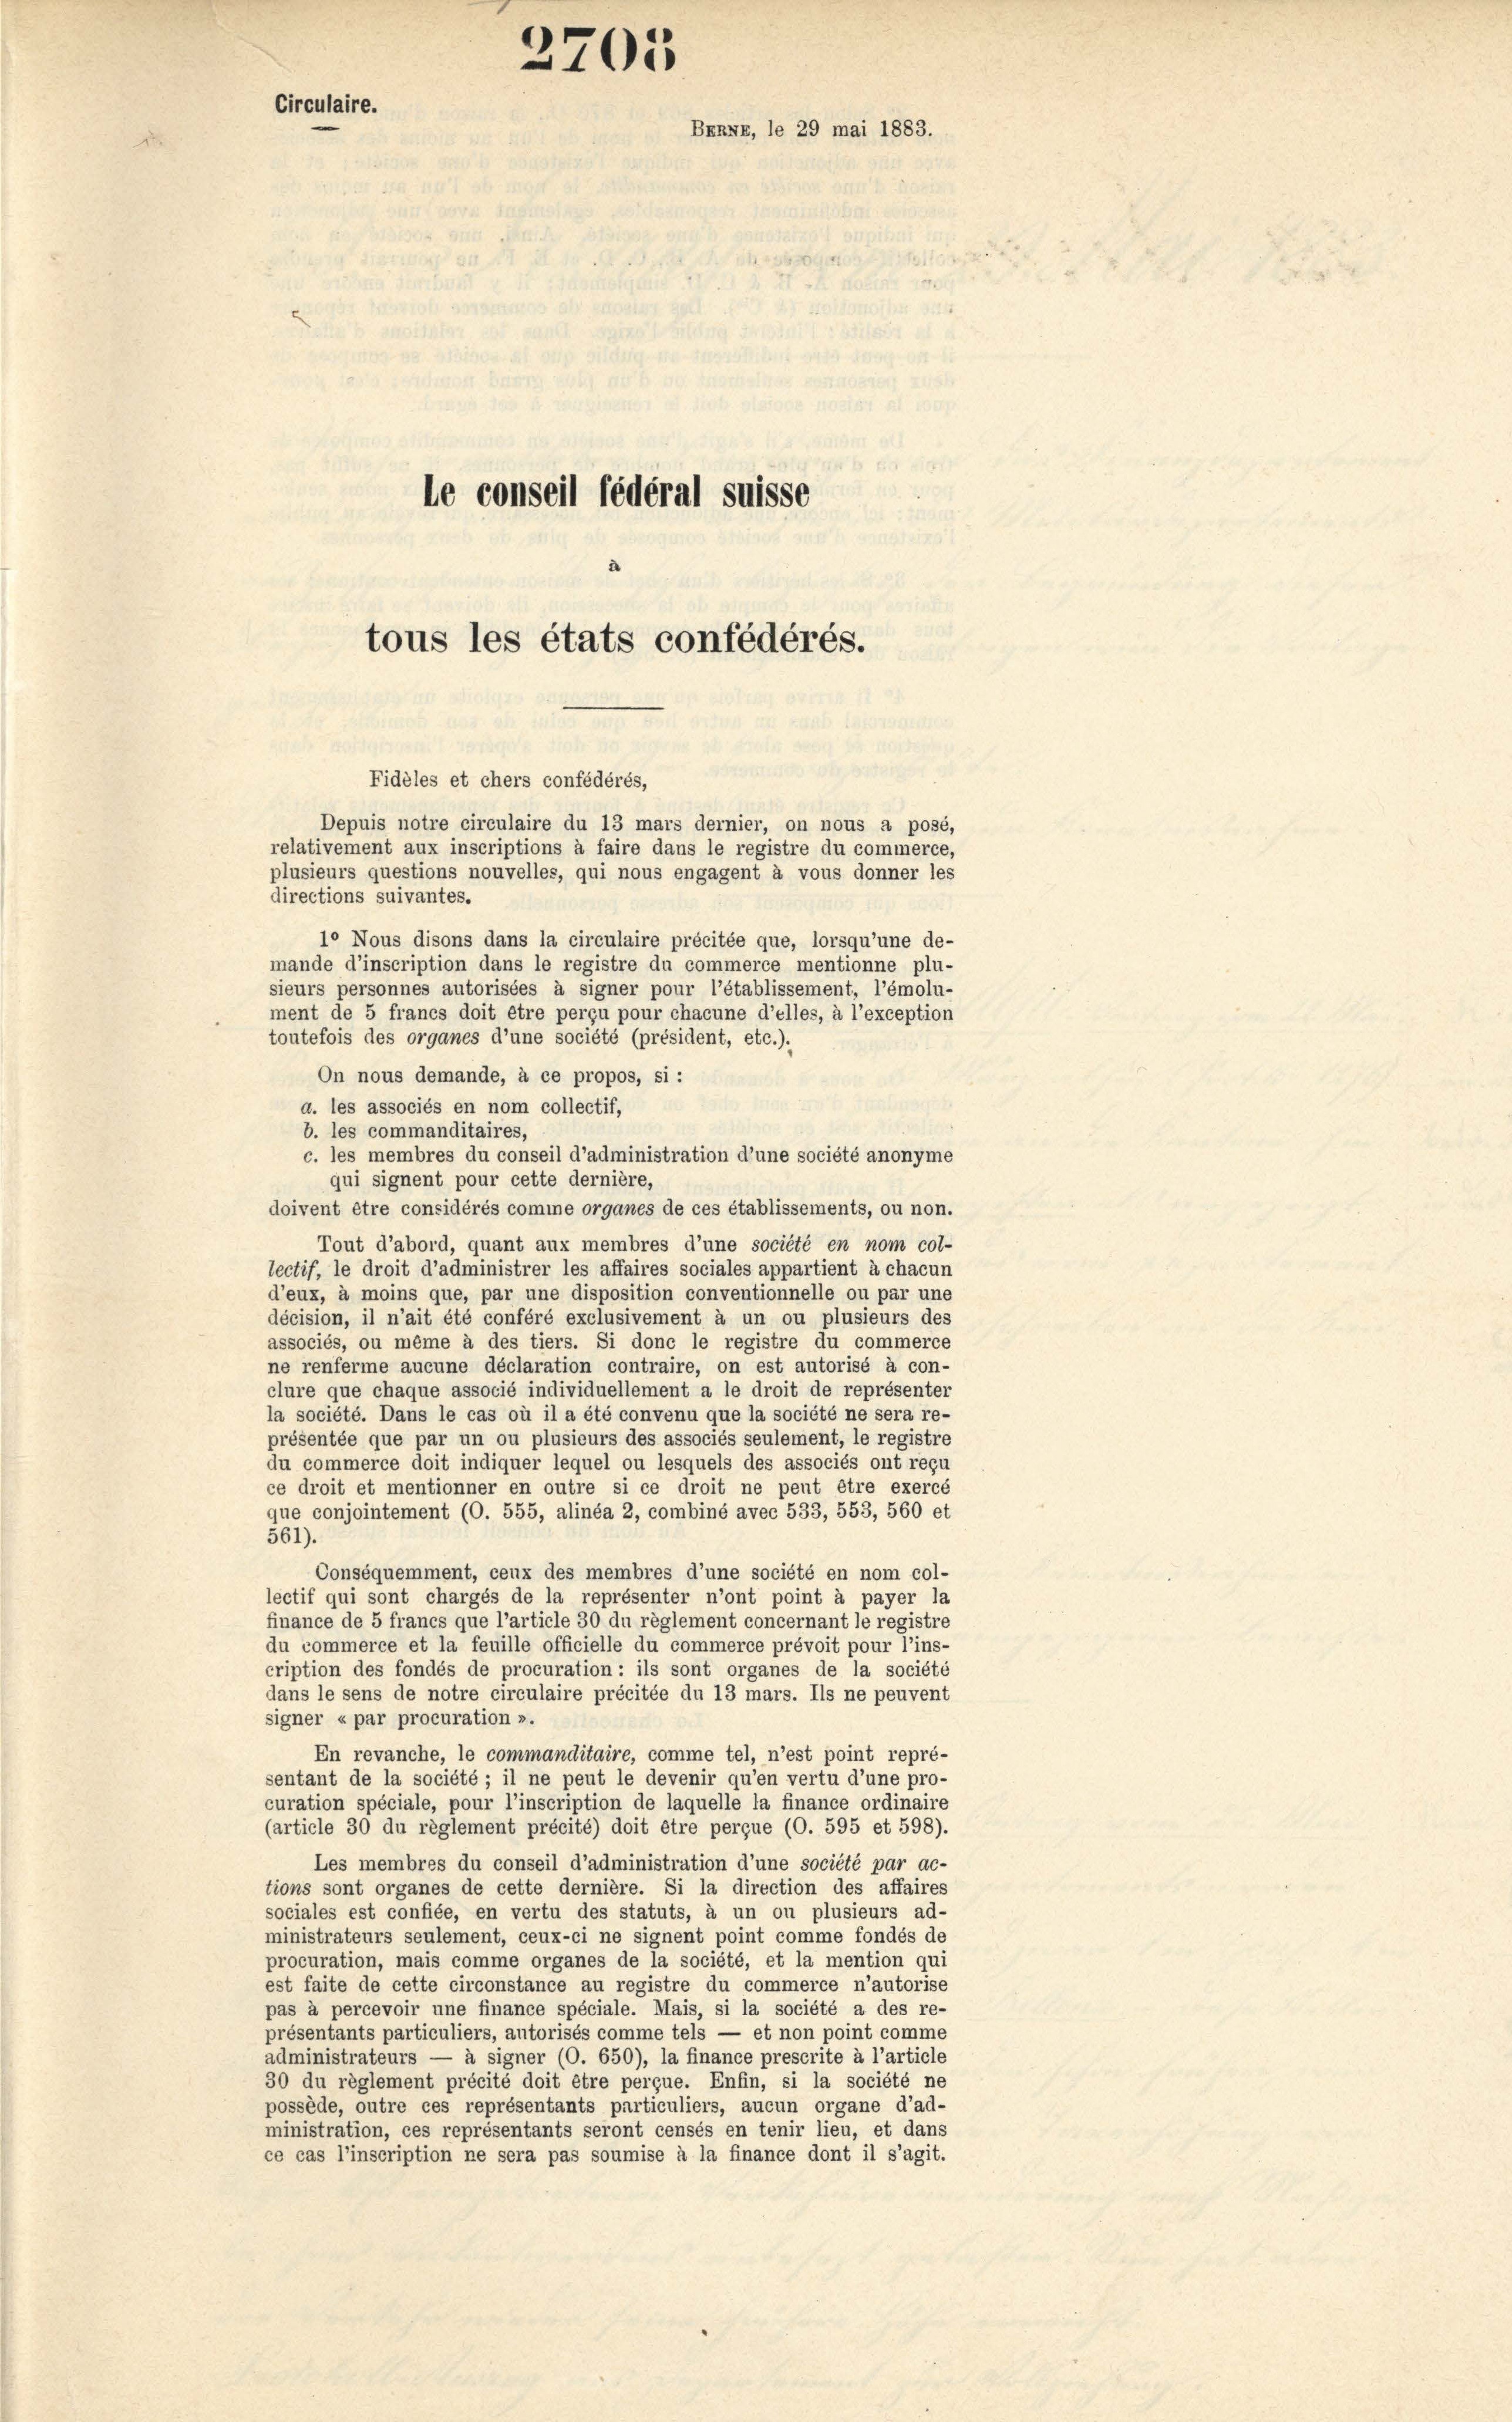
Circulaire.
Banxx, le 29 mai 1883.
le conseil fédéral suisse
tous les états confédérés.

ment de 5 francs doit être perçu pour chacune d’elles, à l’exception
toutefois des organes d’une société (président, etc.).
On nous demande, à ce propos, si :
d. les associés en nom collectif,
b. les commanditaires,
c. les membres du conseil d’administration d’une société anonyme
qui signent pour cette dernière,
doivent être considérés comme organes de ces établissements, ou non.
Tout d’abord, quant aux membres d’une société en nom col-
lectif, le droit d’administrer les affaires sociales appartient à chacun
d’eux, à moins que, par une disposition conventionnelle ou par une
décision, il n’ait été conféré exclusivement à un ou plusieurs des
associés, ou même à des tiers. Si donc le registre du commerce
ne renferme aucune déclaration contraire, on est autorisé à con-
clure que chaque associé individuellement a le droit de représenter
la société. Dans le cas où il a été convenu que la société ne sera re-
présentée que par un ou plusieurs des associés seulement, le registre
du commerce doit indiquer lequel ou lesquels des associés ont reçu
ce droit et mentionner en outre si ce droit ne peut être exercé
que conjointement (O. 555, alinéa 2, combiné avec 533, 553, 560 et
561).
Conséquemment, ceux des membres d’une société en nom col-
lectif qui sont chargés de la représenter n’ont point à payer la
finance de 5 francs que l’article 30 du règlement concernant le registre
du commerce et la feuille officielle du commerce prévoit pour l’ins-
cription des fondés de procuration : ils sont organes de la société
dans le sens de notre circulaire précitée du 13 mars. Ils ne peuvent
signer « par procuration ».
En revanche, le commanditaire, comme tel, n’est point repré-
sentant de la société; il ne peut le devenir qu’en vertu d’une pro-
curation spéciale, pour l’inscription de laquelle la finance ordinaire
(article 30 du règlement précité) doit être perçue (O. 595 et 598).
Les membres du conseil d’administration d’une société par ac-
tions sont organes de cette dernière. Si la direction des affaires
sociales est confiée, en vertu des statuts, à un ou plusieurs ad-
ministrateurs seulement, ceux-ci ne signent point comme fondés de
procuration, mais comme organes de la société, et la mention qui
est faite de cette circonstance au registre du commerce n’autorise
pas à percevoir une finance spéciale. Mais, si la société a des re-
présentants particuliers, autorisés comme tels — et non point comme
administrateurs — à signer (O. 650), la finance prescrite à l’article
30 du règlement précité doit être perçue. Enfin, si la société ne
possède, outre ces représentants particuliers, aucun organe d’ad-
ministration, ces représentants seront censés en tenir lieu, et dans
ce cas l’inscription ne sera pas soumise à la finance dont il s’agit.

2705

Fidèles et chers confédérés,
Depuis notre circulaire du 13 mars dernier, on nous a posé,
relativement aux inscriptions à faire dans le registre du commerce,
plusieurs questions nouvelles, qui nous engagent à vous donner les
directions suivantes.
10 Nous disons dans la circulaire précitée que, lorsqu’une de-
mande d’inscription dans le registre du commerce mentionne plu-
sieurs personnes autorisées à signer pour l’établissement, l’émolu-